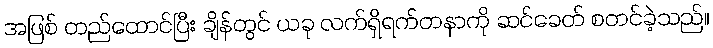
အဖြစ် တည်ထောင်ပြီး ချိန်တွင် ယခု လက်ရှိရက်တနာကို ဆင်ခေတ် စတင်ခဲ့သည်။